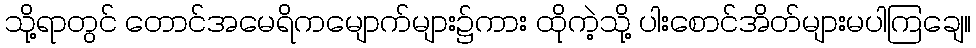
သို့ရာတွင် တောင်အမေရိကမျောက်များ၌ကား ထိုကဲ့သို့ ပါးစောင်အိတ်များမပါကြချေ။